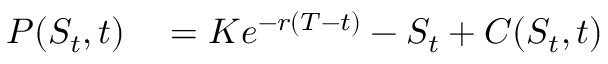
\begin{array} { r l } { P ( S _ { t } , t ) } & { { } = K e ^ { - r ( T - t ) } - S _ { t } + C ( S _ { t } , t ) } \end{array}